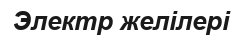
Электр желілері